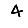
Digit: 4